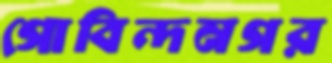
গোবিন্দনগর